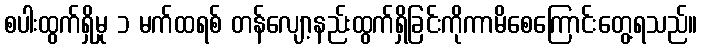
စပါးထွက်ရှိမှု ၁ မက်ထရစ် တန်လျော့နည်းထွက်ရှိခြင်းကိုကာမိစေကြောင်းတွေ့ရသည်။